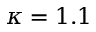
\kappa = 1 . 1